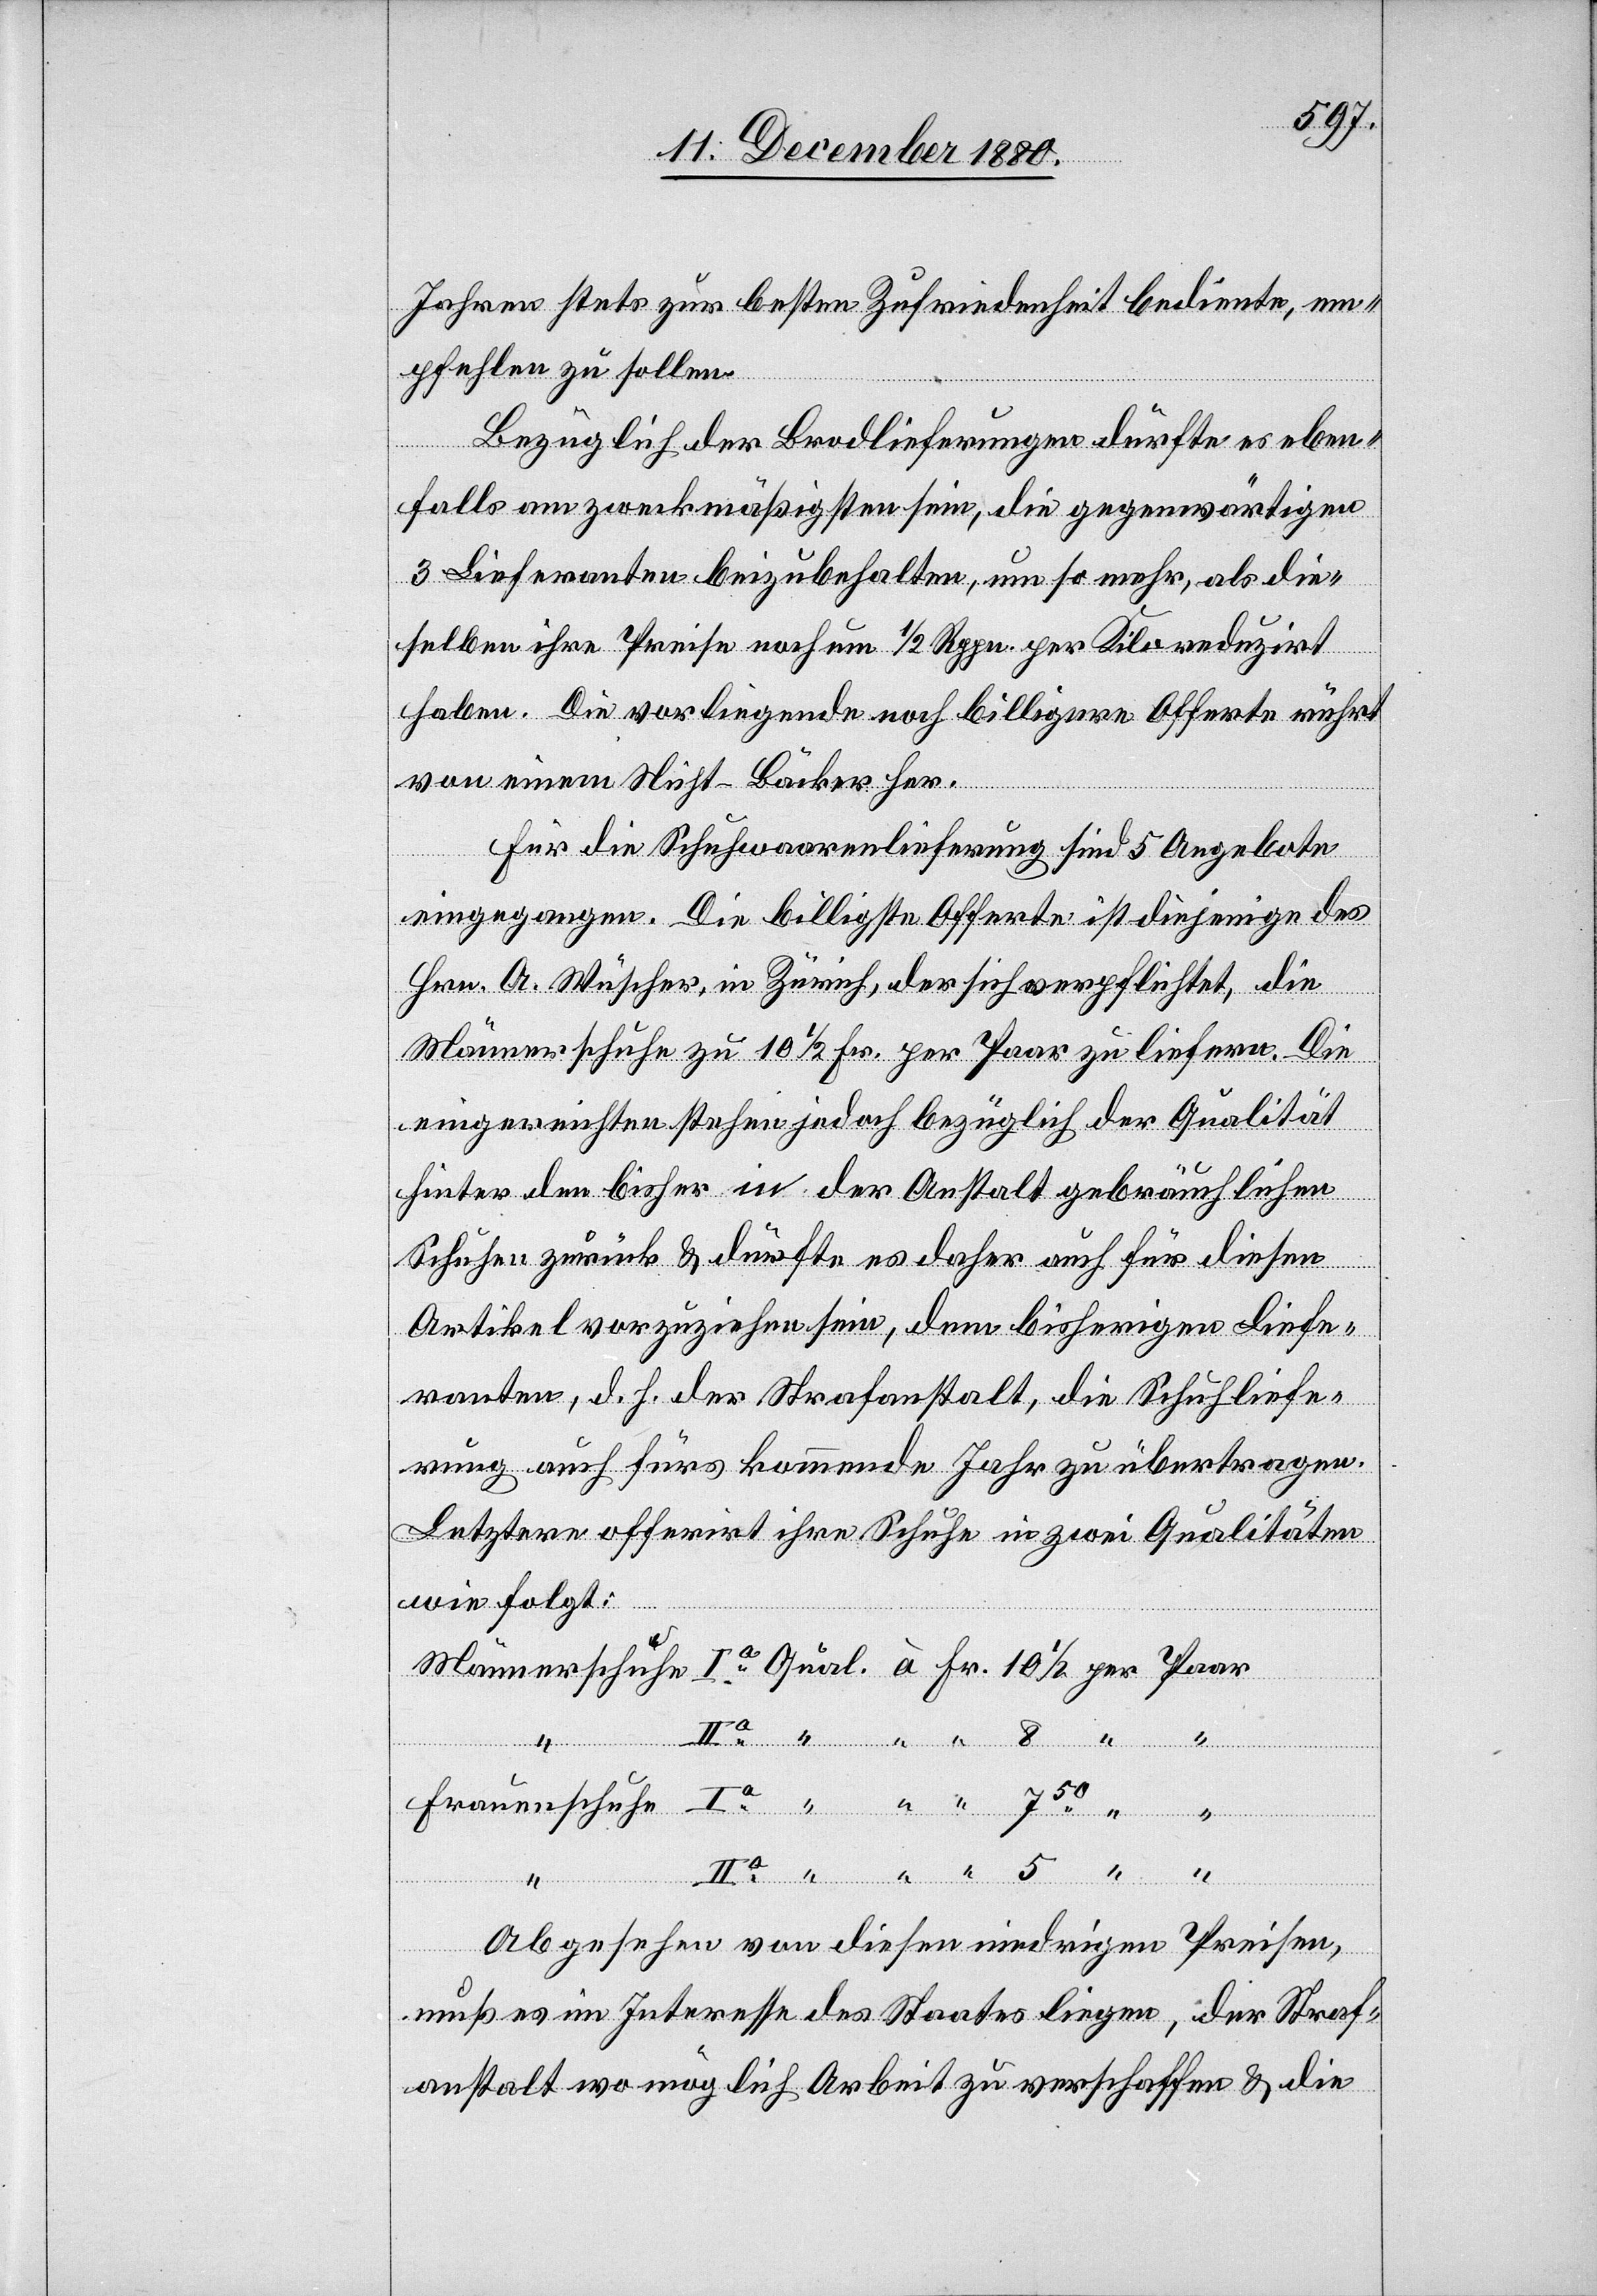
Jahren stets zur besten Zufriedenheit bediente, em¬
pfehlen zu sollen.
Bezüglich der Brodlieferungen dürfte es eben¬
falls am zweckmäßigsten sein, die gegenwärtigen
3 Lieferanten beizubehalten, um so mehr, als die¬
selben ihre Preise noch um 1/2 Rppn. per Kilo reduzirt
haben. Die vorliegende noch billigere Offerte rührt
von einem Nicht-Bäcker her.
Für die Schuhwaarenlieferung sind 5 Angebote
eingegangen. Die billigste Offerte ist diejenige des
Hrn. A. Wüscher, in Zürich, der sich verpflichtet, die
Frauens¬
Männerschuhe zu 10 1/2 Fr. per Paar zu liefern. Die
eingereichten stehen jedoch bezüglich der Qualität
hinter den bisher in der Anstalt gebräuchlichen
Schuhen zurück & dürfte es daher auch für diesen
Artikel vorzuziehen sein, dem bisherigen Liefe¬
ranten, d. h. der Strafanstalt, die Schuhliefe¬
rung auch fürs kommende Jahr zu übertragen.
Letztere offerirt ihre Schuhe in zwei Qualitäten
wie folgt:
chuhe
Abgesehen von diesen niedrigen Preisen,
muß es im Interesse des Staates liegen, der Straf¬
anstalt wo möglich Arbeit zu verschaffen & die